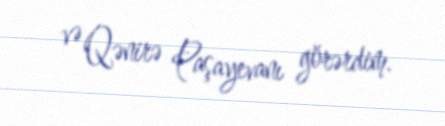
və Qənirə Paşayevanı görərdim.